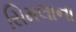
સિમલાના